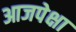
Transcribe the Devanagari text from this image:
आजपेक्षा